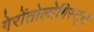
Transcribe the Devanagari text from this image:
गेरोंतोलोगिस्ट्स